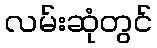
လမ်းဆုံတွင်